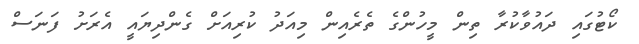
ކޯޓުގައި ދައުވާކުރާ ތިން މީހުންގެ ތެރެއިން މިއަދު ކުރިއަށް ގެންދިޔައީ އެރަށު ފަނަސް